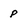
Character: p